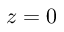
z = 0